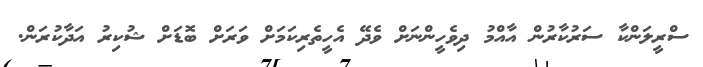
ސްރީލަންކާ ސަރުކާރުން އާއްމު ދިވެހީންނަށް ވެދޭ އެހީތެރިކަމަށް ވަރަށް ބޮޑަށް ޝުކިރު އަދާކުރަން.